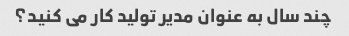
چند سال به عنوان مدیر تولید کار می کنید؟